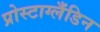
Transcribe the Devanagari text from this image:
प्रोस्टाग्लँडिन